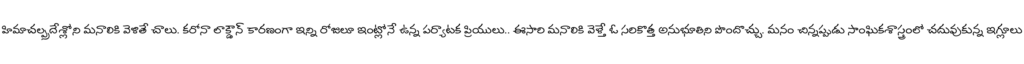
హిమాచల్ప్రదేశ్లోని మనాలికి వెళితే చాలు. కరోనా లాక్డౌన్ కారణంగా ఇన్ని రోజులూ ఇంట్లోనే ఉన్న పర్యాటక ప్రియులు.. ఈసారి మనాలికి వెళ్తే ఓ సరికొత్త అనుభూతిని పొందొచ్చు. మనం చిన్నప్పుడు సాంఘికశాస్త్రంలో చదువుకున్న ఇగ్లూలు